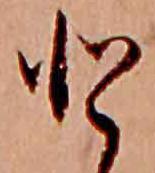
と